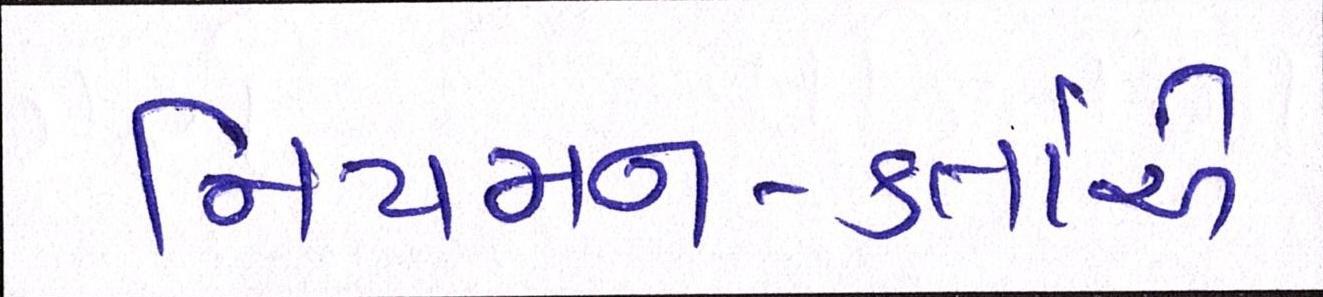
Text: નિયમનકર્તાએ